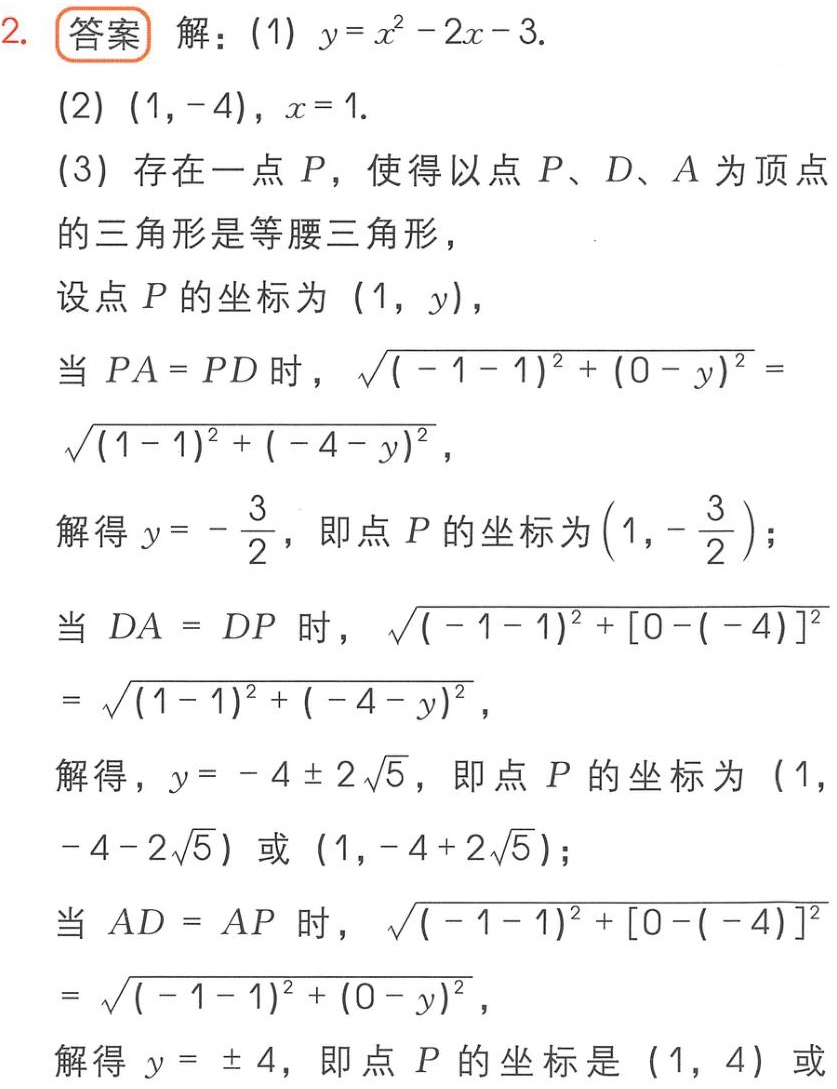
2. 答案 解：(1) \(y = x^{2}-2x - 3\).

(2) \((1,-4)\)，\(x = 1\).

(3) 存在一点 \(P\)，使得以点 \(P\)、\(D\)、\(A\) 为顶点的三角形是等腰三角形，

设点 \(P\) 的坐标为 \((1,y)\)，

当 \(PA = PD\) 时，\(\sqrt{(-1 - 1)^{2}+(0 - y)^{2}}=\sqrt{(1 - 1)^{2}+(-4 - y)^{2}}\)，

解得 \(y =-\frac{3}{2}\)，即点 \(P\) 的坐标为 \((1,-\frac{3}{2})\)；

当 \(DA = DP\) 时，\(\sqrt{(-1 - 1)^{2}+[0-(-4)]^{2}}=\sqrt{(1 - 1)^{2}+(-4 - y)^{2}}\)，

解得，\(y =-4\pm2\sqrt{5}\)，即点 \(P\) 的坐标为 \((1,-4 - 2\sqrt{5})\) 或 \((1,-4 + 2\sqrt{5})\)；

当 \(AD = AP\) 时，\(\sqrt{(-1 - 1)^{2}+[0-(-4)]^{2}}=\sqrt{(-1 - 1)^{2}+(0 - y)^{2}}\)，

解得 \(y =\pm4\)，即点 \(P\) 的坐标是 \((1,4)\) 或